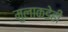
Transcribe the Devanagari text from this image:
मुलाकडेही